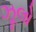
ઝૂલો